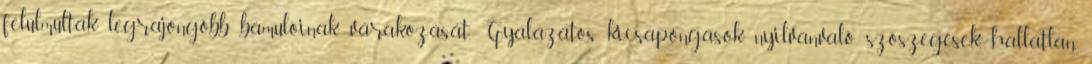
felülmúlták legrajongóbb bámulóinak várakozását. Gyalázatos kicsapongások, nyilvánvaló szószegések, hallatlan